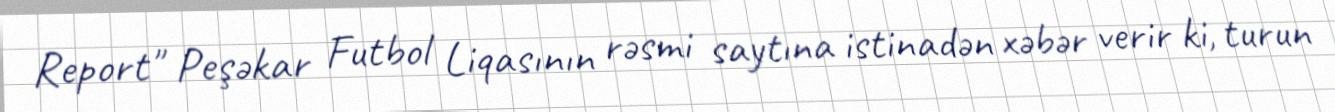
Report" Peşəkar Futbol Liqasının rəsmi saytına istinadən xəbər verir ki, turun